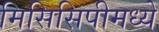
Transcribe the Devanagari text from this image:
मिसिसिपीमध्ये